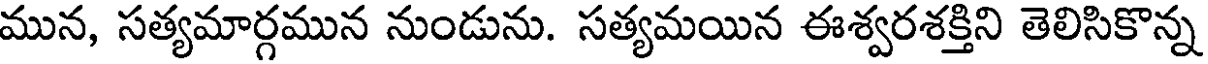
మున, సత్యమార్గమున నుండును. సత్యమయిన ఈశ్వరశక్తిని తెలిసికొన్న